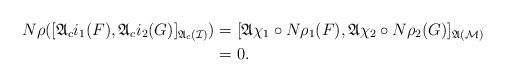
LaTeX: \begin{align*} N\rho ([\mathfrak{A}_c i_1 (F), \mathfrak{A}_c i_2 (G)]_{\mathfrak{A}_c(\mathcal{I})}) &= [\mathfrak{A} \chi_1 \circ N \rho_1 (F), \mathfrak{A} \chi_2 \circ N \rho_2 (G)]_{\mathfrak{A}(\mathcal{M})} \\ &= 0. \end{align*}